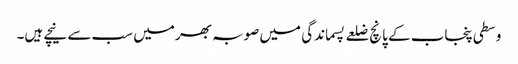
وسطی پنجاب کے پانچ ضلعے پسماندگی میں صوبہ بھر میں سب سے نیچے ہیں۔